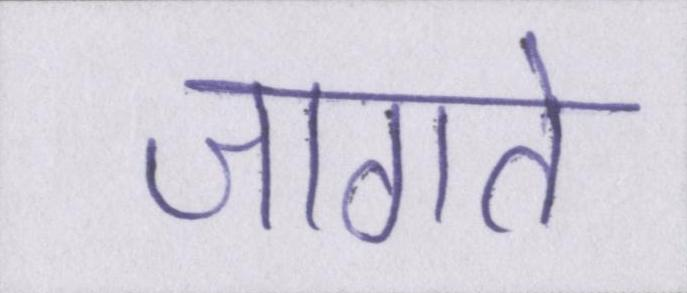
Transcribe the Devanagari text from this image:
जागते